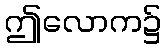
ဤလောက၌